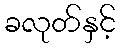
ခလုတ်နှင့်